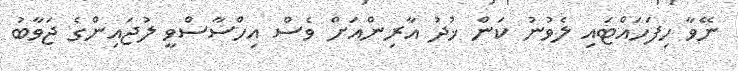
ނޭވާ ހިފަހައްޓައި ލެވުނު ކަން ޚުދު އާރިންއަށް ވެސް އިހްސާސްވީ ލުޖައިންގެ ޖަވާބު